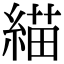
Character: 緢